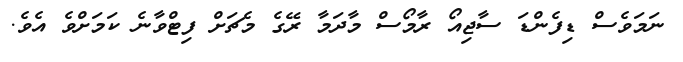
ނަމަވެސް ޑިފެންޑަ ސާޖިއޯ ރާމޯސް މާދަމާ ރޭގެ މެޗަށް ފިޓްވާނެ ކަމަށްވެ އެވެ.